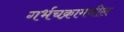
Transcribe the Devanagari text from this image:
गर्भचक्रामधील